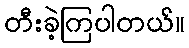
တီးခဲ့ကြပါတယ်။